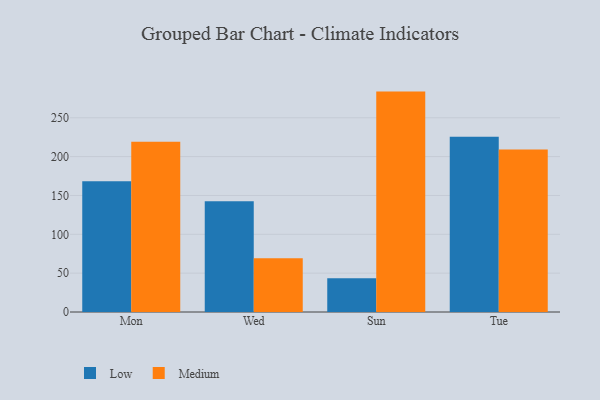
{"axis": {"x": "Day", "y": "Bounce Rate (%)"}, "legend": ["Low", "Medium"], "data": [{"x": "Mon", "y": 168.3, "type": "Low"}, {"x": "Mon", "y": 219.3, "type": "Medium"}, {"x": "Wed", "y": 142.7, "type": "Low"}, {"x": "Wed", "y": 69.1, "type": "Medium"}, {"x": "Sun", "y": 43.6, "type": "Low"}, {"x": "Sun", "y": 283.7, "type": "Medium"}, {"x": "Tue", "y": 225.7, "type": "Low"}, {"x": "Tue", "y": 209.3, "type": "Medium"}]}